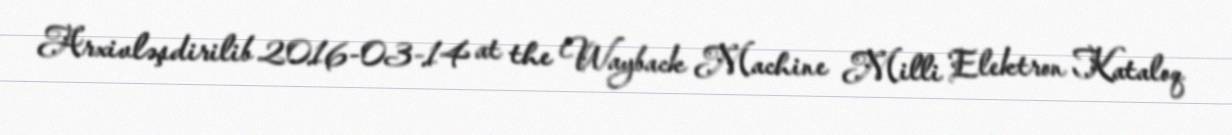
Arxivləşdirilib 2016-03-14 at the Wayback Machine Milli Elektron Kataloq